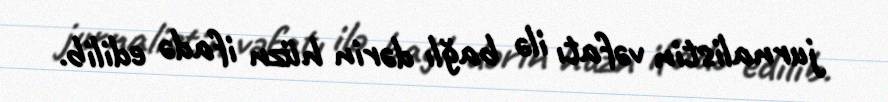
jurnalistin vəfatı ilə bağlı dərin hüzn ifadə edilib.